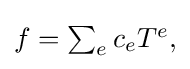
{\textstyle f=\sum _{e}c_{e}T^{e},}